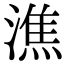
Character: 潐